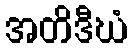
အတိဒီဃံ